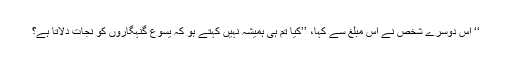
‘‘ اُس دوسرے شخص نے اِس مبلغ سے کہا، ’’کیا تم ہی ہمیشہ نہیں کہتے ہو کہ یسوع گنہگاروں کو نجات دلاتا ہے؟